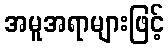
အမူအရာများဖြင့်